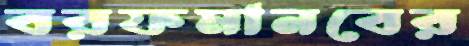
বরফমানবের